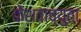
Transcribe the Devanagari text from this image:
केेशवाच्युता